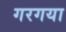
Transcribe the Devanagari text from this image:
गरगया